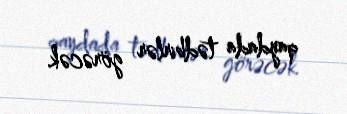
qaydada tədbirlər görəcək.